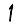
Digit: 1